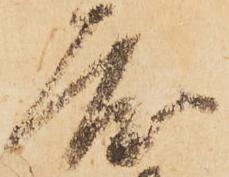
度